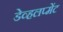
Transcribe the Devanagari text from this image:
डेव्हलप्मेंट